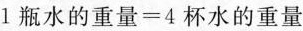
$$1瓶水的重量=4杯水的重量$$